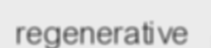
regenerative